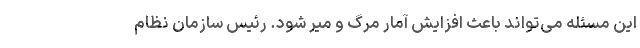
این مسئله می‌تواند باعث افزایش آمار مرگ و میر شود. رئیس سازمان نظام